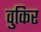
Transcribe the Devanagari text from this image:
वुकिर